Lunatic asylums Madras 1892-1911 - 1892-1911
Year: 1892
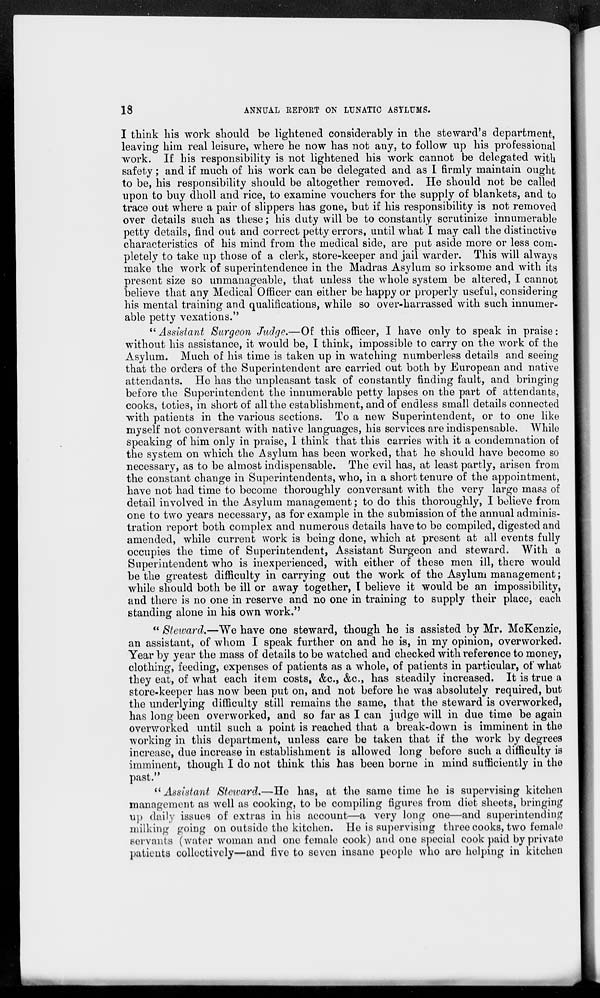
18
ANNUAL REPORT ON LUNATIC ASYLUMS.
I think his work should be lightened considerably in the steward's department,
leaving him real leisure, where he now has not any, to follow up his professional
work. If his responsibility is not lightened his work cannot be delegated with
safety; and if much of his work can be delegated and as I firmly maintain ought
to be, his responsibility should be altogether removed. He should not be called
upon to buy dholl and rice, to examine vouchers for the supply of blankets, and to
trace out where a pair of slippers has gone, but if his responsibility is not removed
over details such as these; his duty will be to constantly scrutinize innumerable
petty details, find out and correct petty errors, until what I may call the distinctive
characteristics of his mind from the medical side, are put aside more or less com-
pletely to take up those of a clerk, store-keeper and jail warder. This will always
make the work of superintendence in the Madras Asylum so irksome and with its
present size so unmanageable, that unless the whole system be altered, I cannot
believe that any Medical Officer can either be happy or properly useful, considering
his mental training and qualifications, while so over-harrassed with such innumer-
able petty vexations."
" Assistant Surgeon Judge.—Of this officer, I have only to speak in praise:
without his assistance, it would be, I think, impossible to carry on the work of the
Asylum. Much of his time is taken up in watching numberless details and seeing
that the orders of the Superintendent are carried out both by European and native
attendants. He has the unpleasant task of constantly finding fault, and bringing
before the Superintendent the innumerable petty lapses on the part of attendants,
cooks, toties, in short of all the establishment, and of endless small details connected
with patients in the various sections. To a new Superintendent, or to one like
myself not conversant with native languages, his services are indispensable. While
speaking of him only in praise, I think that this carries with it a condemnation of
the system on which the Asylum has been worked, that he should have become so
necessary, as to be almost indispensable. The evil has, at least partly, arisen from
the constant change in Superintendents, who, in a short tenure of the appointment,
have not had time to become thoroughly conversant with the very large mass of
detail involved in the Asylum management; to do this thoroughly, I believe from
one to two years necessary, as for example in the submission of the annual adminis-
tration report both complex and numerous details have to be compiled, digested and
amended, while current work is being done, which at present at all events fully
occupies the time of Superintendent, Assistant Surgeon and steward. With a
Superintendent who is inexperienced, with either of these men ill, there would
be the greatest difficulty in carrying out the work of the Asylum management;
while should both be ill or away together, I believe it would be an impossibility,
and there is no one in reserve and no one in training to supply their place, each
standing alone in his own work."
" Steward.—We have one steward, though he is assisted by Mr. McKenzie,
an assistant, of whom I speak further on and he is, in my opinion, overworked.
Year by year the mass of details to be watched and checked with reference to money,
clothing, feeding, expenses of patients as a whole, of patients in particular, of what
they eat, of what each item costs, &c, &c, has steadily increased. It is true a
store-keeper has now been put on, and not before he was absolutely required, but
the underlying difficulty still remains the same, that the steward is overworked,
has long been overworked, and so far as I can judge will in due time be again
overworked until such a point is reached that a break-down is imminent in the
working in this department, unless care be taken that if the work by degrees
increase, due increase in establishment is allowed long before such a difficulty is
imminent, though I do not think this has been borne in mind sufficiently in the
past."
"Assistant Steward.—He has, at the same time he is supervising kitchen
management as well as cooking, to be compiling figures from diet sheets, bringing
up daily issues of extras in his account—a very long one—and superintending
milking going on outside the kitchen. He is supervising three cooks, two female
servants (water woman and one female cook) and one special cook paid by private
patients collectively—and five to seven insane people who are helping in kitchen